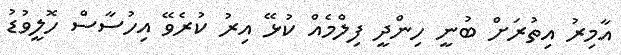
އާމިރު އިތުރަށް ބުނީ ހިންދީ ފިލްމެއް ކުޅޭ އިރު ކުރެވޭ އިހުސާސް ހޮލީވުޑު